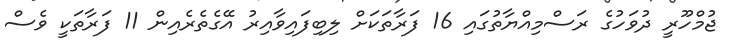
ޖުމްހޫރީ ދުވަހުގެ ރަސްމިއްޔާތުގައި 16 ފަރާތަކަށް ލިބިފައިވާއިރު އޭގެތެރެއިން 11 ފަރާތަކީ ވެސް